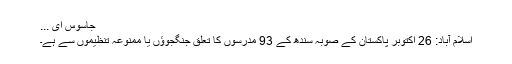
جاسوس ای ...
اسلام آباد: 26 اکتوبر پاکستان کے صوبہ سندھ کے 93 مدرسوں کا تعلق جنگجوؤں یا ممنوعہ تنظیموں سے ہے۔